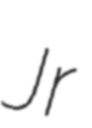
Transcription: Jr